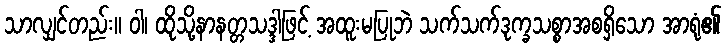
သာလျှင်တည်း။ ဝါ၊ ထိုသို့နာနတ္တသဒ္ဒါဖြင့် အထူးမပြုဘဲ သက်သက်ဒုက္ခသစ္စာအစရှိသော အာရုံ၏